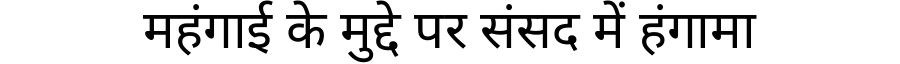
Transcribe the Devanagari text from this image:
महंगाई के मुद्दे पर संसद में हंगामा